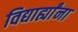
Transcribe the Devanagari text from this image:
विद्यार्ह्यांना